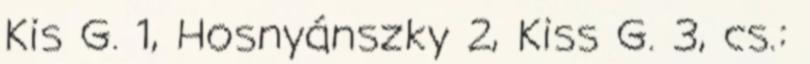
Kis G. 1, Hosnyánszky 2, Kiss G. 3, cs.: